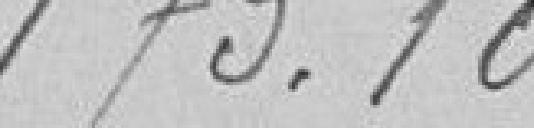
173,10.